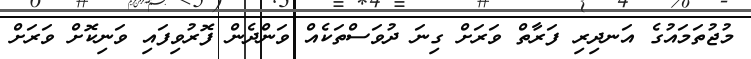
މުޖުތަމައުގެ އަނދިރި ފަރާތް ވަރަށް ގިނަ ދުވަސްތަކެއް ވަންދެން ފޮރުވިފައި ވަނިކޮށް ވަރަށް